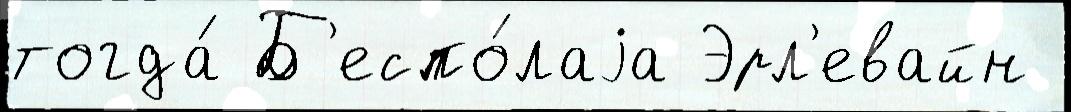
тогда́ Б'еспо́лаjа Эрл'евайн